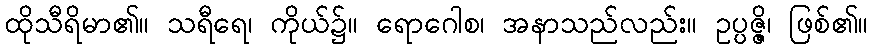
ထိုသီရိမာ၏။ သရီရေ၊ ကိုယ်၌။ ရောဂေါစ၊ အနာသည်လည်း။ ဥပ္ပဇ္ဇိ၊ ဖြစ်၏။